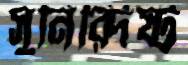
সুনির্র্দিষ্ট